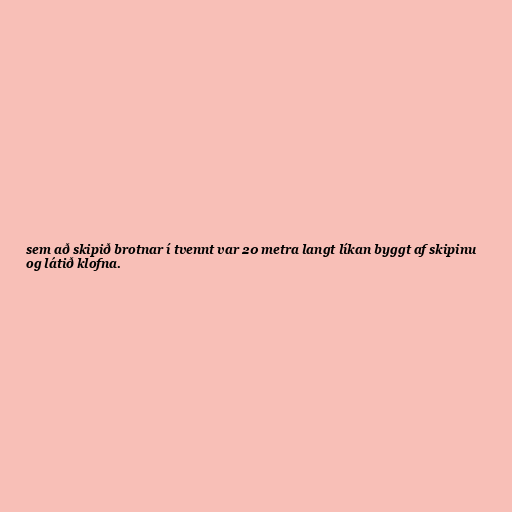
sem að skipið brotnar í tvennt var 20 metra langt líkan byggt af skipinu
og látið klofna.